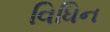
વિધિન